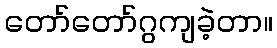
တော်တော်ဂွကျခဲ့တာ။